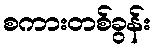
စကားတစ်ခွန်း